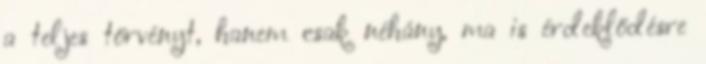
a teljes törvényt, hanem csak néhány, ma is érdeklődésre